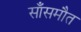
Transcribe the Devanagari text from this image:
साँसमौत